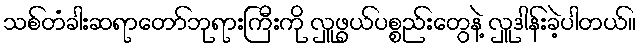
သစ်တံခါးဆရာတော်ဘုရားကြီးကို လှူဖွယ်ပစ္စည်းတွေနဲ့ လှူဒါန်းခဲ့ပါတယ်။